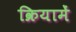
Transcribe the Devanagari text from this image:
क्रियामें